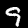
Digit: 9